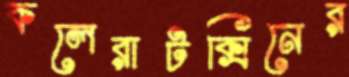
কলেরাটক্সিনের